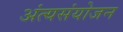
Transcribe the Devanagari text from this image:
अंत्यसंयोजन